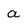
Character: a